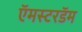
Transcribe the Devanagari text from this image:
ऍमस्टरडॅम